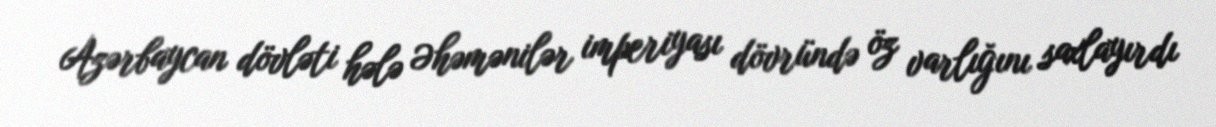
Azərbaycan dövləti hələ Əhəmənilər imperiyası dövründə öz varlığını saxlayırdı